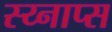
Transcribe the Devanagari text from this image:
स्य्नाप्स